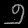
Digit: ၅